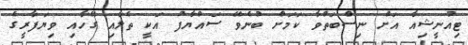
ޓިއުނީޝިއާ އަށް ނިސްބަތްވާ ކަމަށް ބުނެވޭ ސައްޔާފު އަކީ ތެލާއި ގޭހާއި ވިޔަފާރީގެ